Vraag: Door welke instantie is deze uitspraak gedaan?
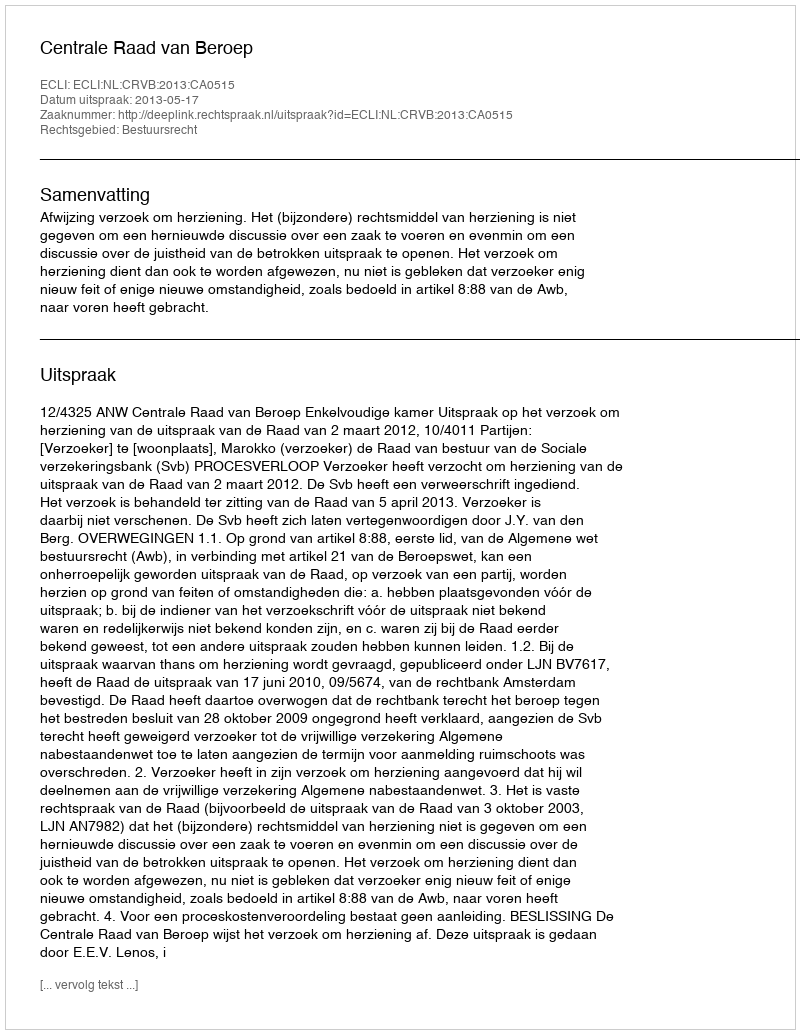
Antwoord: Centrale Raad van Beroep